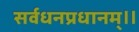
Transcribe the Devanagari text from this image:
सर्वधनप्रधानम्॥